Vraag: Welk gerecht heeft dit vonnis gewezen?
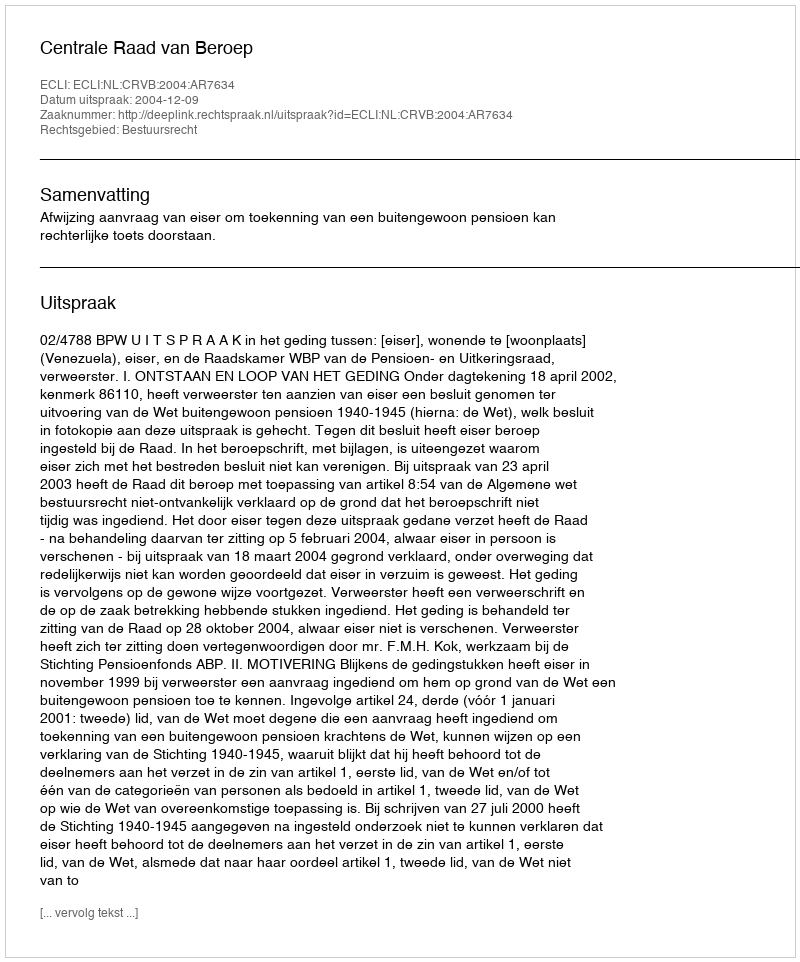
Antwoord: Centrale Raad van Beroep